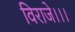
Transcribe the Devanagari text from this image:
विराजे।।।